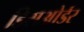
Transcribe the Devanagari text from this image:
डिसओर्डर